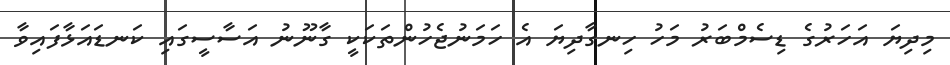
މިދިޔަ އަހަރުގެ ޑިސެމްބަރު މަހު ހިނގާދިޔަ އެ ހަމަނުޖެހުންތަކަކީ ގާނޫނު އަސާސީގައި ކަނޑައަޅާފައިވާ